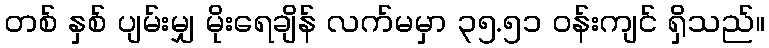
တစ် နှစ် ပျမ်းမျှ မိုးရေချိန် လက်မမှာ ၃၅.၅၁ ဝန်းကျင် ရှိသည်။